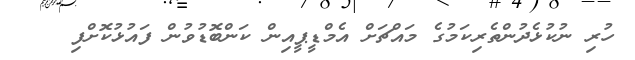
ހުރި ނުކުޅެދުންތެރިކަމުގެ މައްޗަށް އެމްޑީޕީއިން ކަންބޮޑުވުން ފައުޅުކޮށްފި